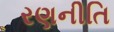
રણનીતિ